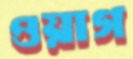
ওয়াগ